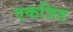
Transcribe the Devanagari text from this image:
एकत्रित